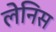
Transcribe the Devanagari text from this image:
लेनिस